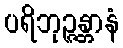
ပရိဘုဉ္ဇန္တာနံ